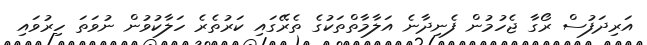
އަރިދަފުސް ރޯގާ ޖެހުމުން ފެނިދާނެ އަލާމާތްތަކުގެ ތެރޭގައި ކަރުތެރެ ހަލާކުވުން ނުވަތަ ހިރުވައި